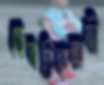
ছেদচিহ্নঅতী